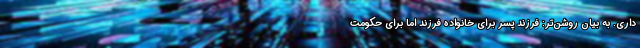
داری. به بیان روشن‌تر: فرزند پسر برای خانواده فرزند اما برای حکومت